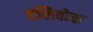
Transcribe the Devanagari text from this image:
एलिवोस